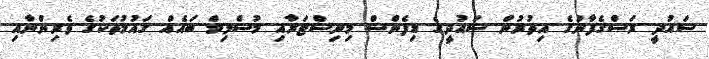
ސައުދީ ރަސްގެފާނުގެ އިތުރުން ސައުދީގެ ޑިފެންސް މިނިސްޓަރާއި މުސްލިމް ބައެއް ގައުމުތަކުގެ ވެރިންނާއި